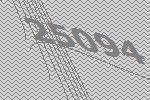
25094